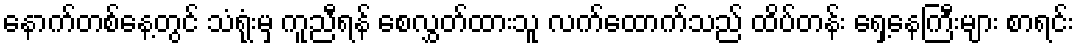
နောက်တစ်နေ့တွင် သံရုံးမှ ကူညီရန် စေလွှတ်ထားသူ လက်ထောက်သည် ထိပ်တန်း ရှေ့နေကြီးများ စာရင်း